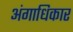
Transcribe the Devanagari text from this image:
अंगाधिकार